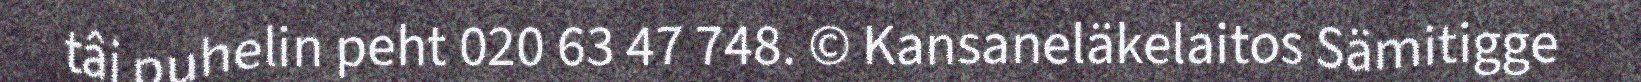
tâi puhelin peht 020 63 47 748. © Kansaneläkelaitos Sämitigge